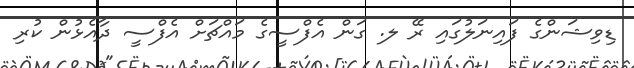
ޑިވިޝަންގެ ފައިނަލުގައި ރޭ ލ. ގަން އެފްސީގެ މައްޗަށް އެފްސީ ދާއެޅުން ކުރި